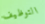
التوظيف